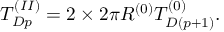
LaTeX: T _ { D p } ^ { ( I I ) } = 2 \times 2 \pi R ^ { ( 0 ) } T _ { D ( p + 1 ) } ^ { ( 0 ) } .